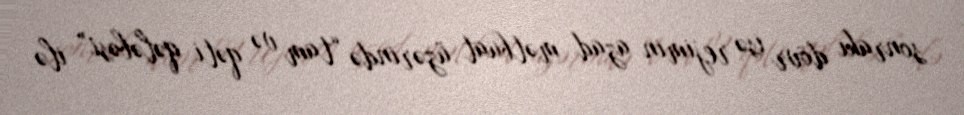
sonrakı dövr isə rejimin azad mətbuat üzərində “tam və qəti qələbəsi” ilə